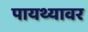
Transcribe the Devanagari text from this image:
पायथ्यावर